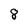
Character: 8